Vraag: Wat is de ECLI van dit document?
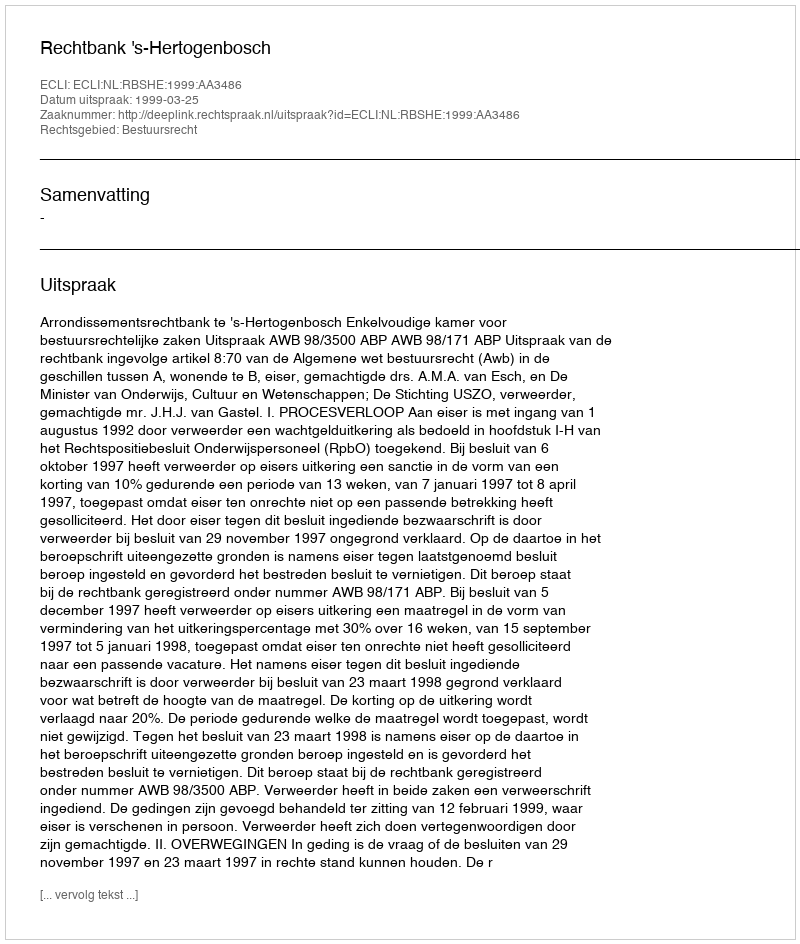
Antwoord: ECLI:NL:RBSHE:1999:AA3486